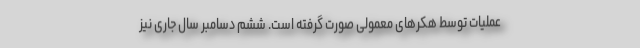
عملیات توسط هکرهای معمولی صورت گرفته است. ششم دسامبر سال جاری نیز